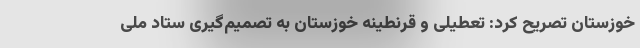
خوزستان تصریح کرد: تعطیلی و قرنطینه خوزستان به تصمیم‌گیری ستاد ملی